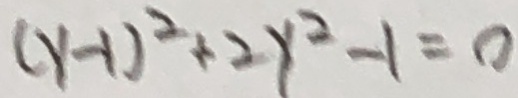
( y - 1 ) ^ { 2 } + 2 y ^ { 2 } - 1 = 0